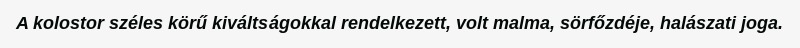
A kolostor széles körű kiváltságokkal rendelkezett, volt malma, sörfőzdéje, halászati joga.